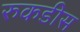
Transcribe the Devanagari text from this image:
रुकडीस